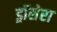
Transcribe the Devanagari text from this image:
ड्रॉसेरा